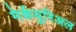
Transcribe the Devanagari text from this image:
मेर्कयुरिअल